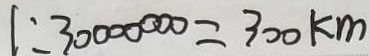
1 : 3 0 0 0 0 0 0 0 = 3 0 0 k m